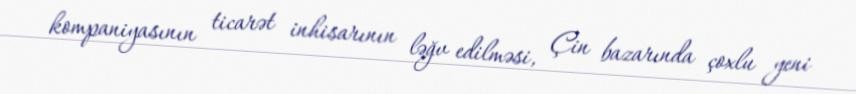
kompaniyasının ticarət inhisarının ləğv edilməsi, Çin bazarında çoxlu yeni